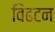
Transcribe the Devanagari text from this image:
विढटन